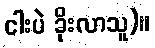
ငါးပဲ ခိုးလာသူ)။